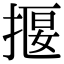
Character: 揠